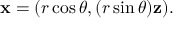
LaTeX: \mathbf { x } = ( r \cos \theta , ( r \sin \theta ) \mathbf { z } ) .